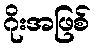
ဂိုးအဖြစ်